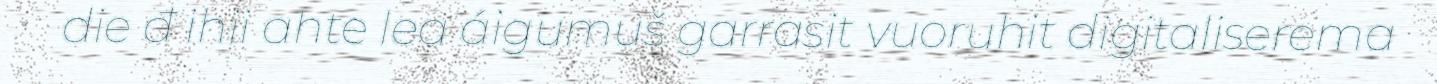
die đ ihii ahte lea áigumuš garrasit vuoruhit digitaliserema